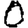
Digit: 0